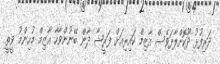
ދަރިފުޅު ދޫކޮށްލާފަވެސް އާޒިމް ކައިރިއަށް ފަރީޝާ ދާން ބޭނުންވާހާ އާޒިމް މުހިންމު ވީތީ